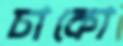
চাকো